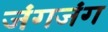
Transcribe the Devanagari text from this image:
जंगजंग